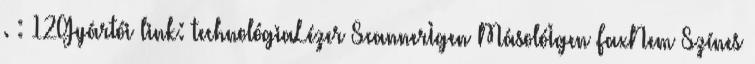
. : 12Gyártói link: technológiaLézer ScannerIgen MásolóIgen FaxNem Színes